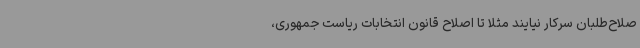
صلاح‌طلبان سرکار نیایند مثلا تا اصلاح قانون انتخابات ریاست جمهوری،